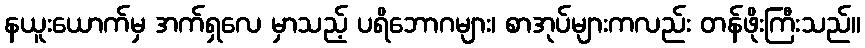
နယူးယောက်မှ အက်ရှလေ မှာသည့် ပရိဘောဂများ၊ စာအုပ်များကလည်း တန်ဖိုးကြီးသည်။